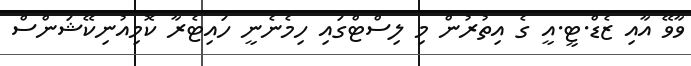
ވާވޭ އާއި ޒެޑް.ޓީ.އީ ގެ އިތުރުން މި ލިސްޓްގައި ހިމެނެނީ ހައިޓެރާ ކޮމިއުނިކޭޝަންސް